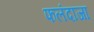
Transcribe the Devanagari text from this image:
फलंदाजा